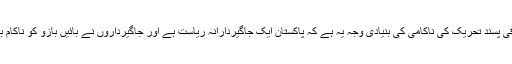
معروف صحافی سعید خاور نے کہا کہ ترقی پسند تحریک کی ناکامی کی بنیادی وجہ یہ ہے کہ پاکستان ایک جاگیردارانہ ریاست ہے اور جاگیرداروں نے بائیں بازو کو ناکام بنانے کے لیے سیاسی جماعتیں تشکیل دیں۔